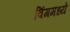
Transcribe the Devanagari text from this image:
विंगमध्ये